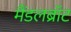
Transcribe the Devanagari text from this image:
मैंडलब्रॉट